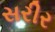
સરીર